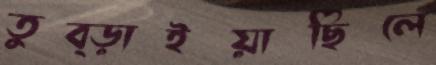
তুব্‌ড়াইয়াছিলে